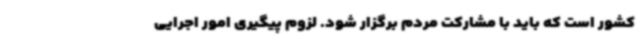
کشور است که باید با مشارکت مردم برگزار شود. لزوم پیگیری امور اجرایی